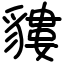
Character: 貗